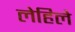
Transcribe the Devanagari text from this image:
लेहिले